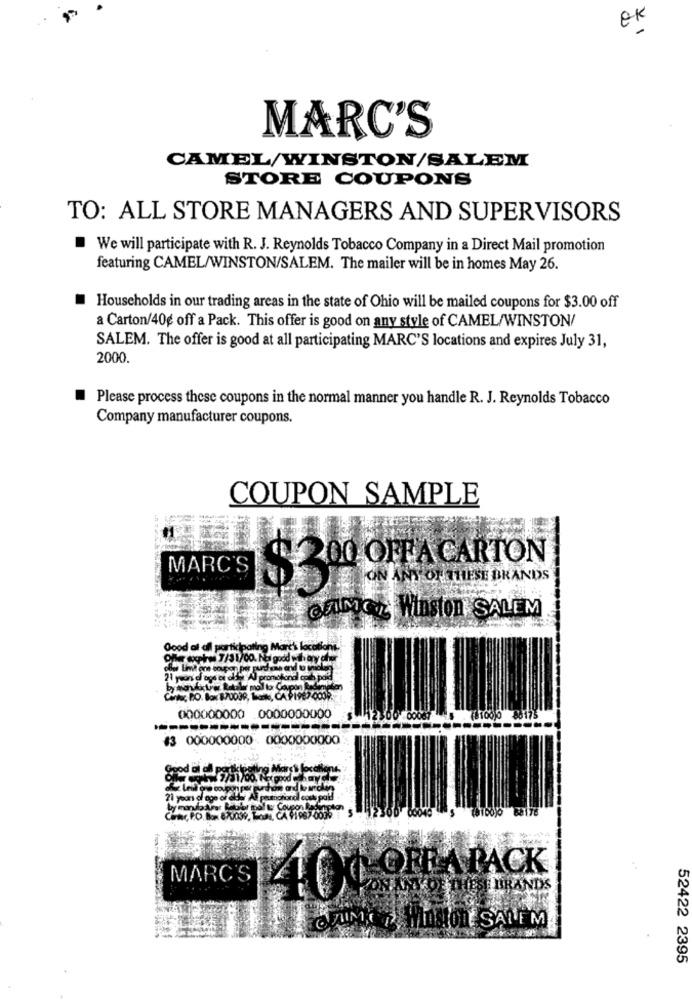
MARC'S
CAMEL/WINSTON/SALEM
STORE COUPONS
TO: ALL STORE MANAGERS AND SUPERVISORS
We will participate with R. J. Reynolds Tobacco Company in a Direct Mail promotion
featuring CAMEL/WINSTON/SALEM. The mailer will be in homes May 26.
Households in our trading areas in the state of Ohio will be mailed coupons for $3.00 off
a Carton/40g off a Pack. This offer is good on any style of CAMEL/WINSTON/
SALEM. The offer is good at all participating MARC'S locations and expires July 31,
2000.
Please process these coupons in the normal manner you handle R. J. Reynolds Tobacco
Company manufacturer coupons.
COUPON SAMPLE
MARC'S
ON ANY OF THESE BRANDS
$3
@MMC Winston SALEM
Good al afl participating Marc's locations.
Ohler expira 7/31/00. Nal gudd with any cher
die Limit on anupon per purdisse and t aniol
deAl promotional coch paid
Center, BO. Box 870039, Bmw, CA P1965.000
000000000 0000000000
00067
(8100)0 86175
#3 000000000 0000000000
21 years of age of @
00049 $ (8160)0 88176
MARC'S
400 BRAPACK
I BRANDS
CZUMED HISTORY SANEM
52422 2395